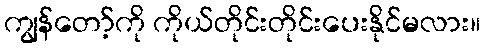
ကျွန်တော့်ကို ကိုယ်တိုင်းတိုင်းပေးနိုင်မလား။